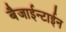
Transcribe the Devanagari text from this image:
बैजाईन्टाईन